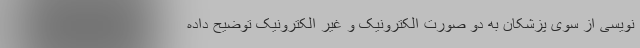
نویسی از سوی پزشکان به دو صورت الکترونیک و غیر الکترونیک توضیح داده